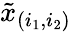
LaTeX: \tilde{x}_{(i_{1},i_{2})}